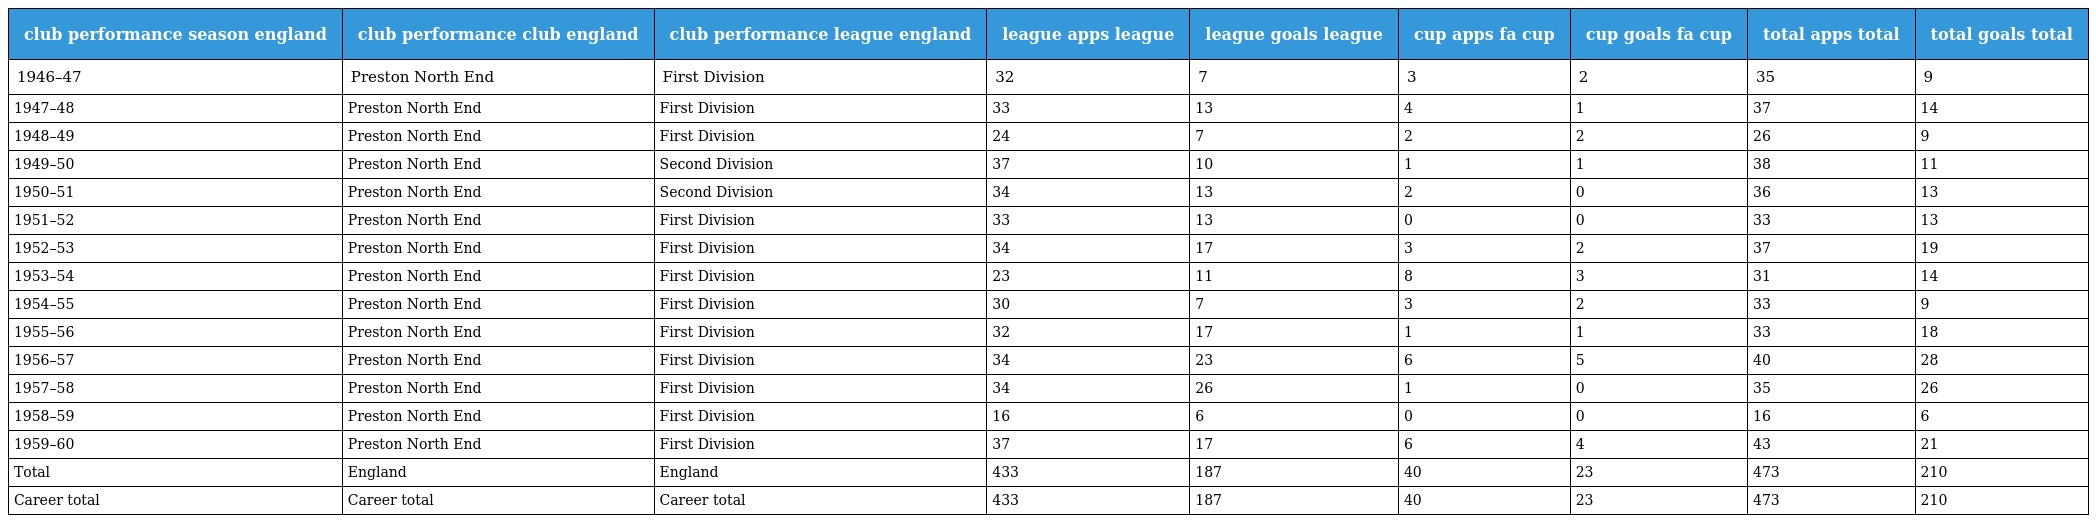
| club performance season england | club performance club england | club performance league england | league apps league | league goals league | cup apps fa cup | cup goals fa cup | total apps total | total goals total |
 | --- | --- | --- | --- | --- | --- | --- | --- | --- |
 | 1946–47 | Preston North End | First Division | 32 | 7 | 3 | 2 | 35 | 9 |
 | 1947–48 | Preston North End | First Division | 33 | 13 | 4 | 1 | 37 | 14 |
 | 1948–49 | Preston North End | First Division | 24 | 7 | 2 | 2 | 26 | 9 |
 | 1949–50 | Preston North End | Second Division | 37 | 10 | 1 | 1 | 38 | 11 |
 | 1950–51 | Preston North End | Second Division | 34 | 13 | 2 | 0 | 36 | 13 |
 | 1951–52 | Preston North End | First Division | 33 | 13 | 0 | 0 | 33 | 13 |
 | 1952–53 | Preston North End | First Division | 34 | 17 | 3 | 2 | 37 | 19 |
 | 1953–54 | Preston North End | First Division | 23 | 11 | 8 | 3 | 31 | 14 |
 | 1954–55 | Preston North End | First Division | 30 | 7 | 3 | 2 | 33 | 9 |
 | 1955–56 | Preston North End | First Division | 32 | 17 | 1 | 1 | 33 | 18 |
 | 1956–57 | Preston North End | First Division | 34 | 23 | 6 | 5 | 40 | 28 |
 | 1957–58 | Preston North End | First Division | 34 | 26 | 1 | 0 | 35 | 26 |
 | 1958–59 | Preston North End | First Division | 16 | 6 | 0 | 0 | 16 | 6 |
 | 1959–60 | Preston North End | First Division | 37 | 17 | 6 | 4 | 43 | 21 |
 | Total | England | England | 433 | 187 | 40 | 23 | 473 | 210 |
 | Career total | Career total | Career total | 433 | 187 | 40 | 23 | 473 | 210 |